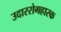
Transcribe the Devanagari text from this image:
उदाररोगहारक